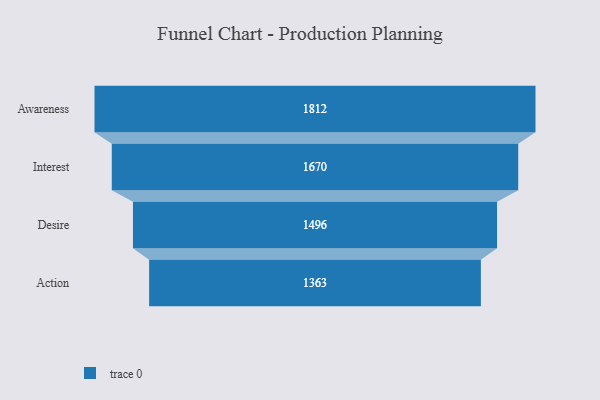
{"axis": {"x": "Stage", "y": "Value"}, "legend": [""], "data": [{"x": "Awareness", "y": 1812.0, "type": ""}, {"x": "Interest", "y": 1670.0, "type": ""}, {"x": "Desire", "y": 1496.0, "type": ""}, {"x": "Action", "y": 1363.0, "type": ""}]}